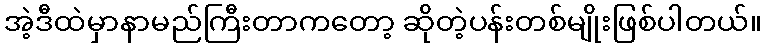
အဲ့ဒီထဲမှာနာမည်ကြီးတာကတော့ ဆိုတဲ့ပန်းတစ်မျိုးဖြစ်ပါတယ်။